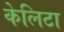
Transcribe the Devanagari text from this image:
केलिटा